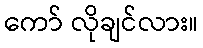
ကော် လိုချင်လား။